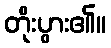
တိုးပွား၏။